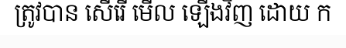
ត្រូវបាន សើរើ មើល ឡើងវិញ ដោយ ក